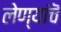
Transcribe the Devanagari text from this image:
लेण्यांचॆ